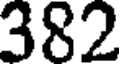
382